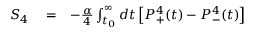
\begin{array} { r l r } { { \cal S } _ { 4 } } & { { } = } & { - \frac { \alpha } { 4 } \int _ { t _ { 0 } } ^ { \infty } d t \left[ P _ { + } ^ { 4 } ( t ) - P _ { - } ^ { 4 } ( t ) \right] } \end{array}